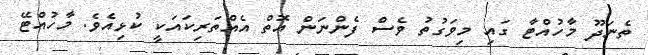
ތެނަދޫ މާހުއްޓާ ގައި މިވަގުތު ވެސް ފެންނަން އޮތް އެއްތަރިކައަކީ ކުޅިއެވެ. މާހުއްޓޭ